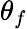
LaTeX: \theta_{f}